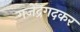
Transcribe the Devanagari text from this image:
गजेंद्रगदकर